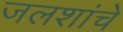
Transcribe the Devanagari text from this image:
जलशांचे